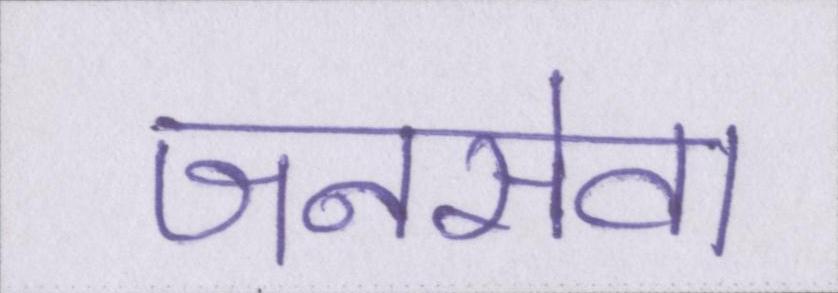
जनसेवा